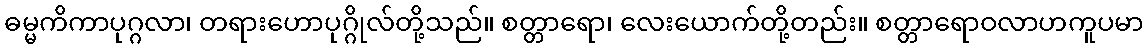
ဓမ္မကိကာပုဂ္ဂလာ၊ တရားဟောပုဂ္ဂိုလ်တို့သည်။ စတ္တာရော၊ လေးယောက်တို့တည်း။ စတ္တာရောဝလာဟကူပမာ